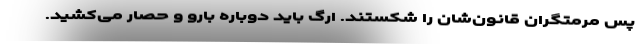
پس مرمتگران قانون‌شان را شکستند. ارگ باید دوباره بارو و حصار می‌کشید.